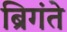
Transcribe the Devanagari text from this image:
ब्रिगंते